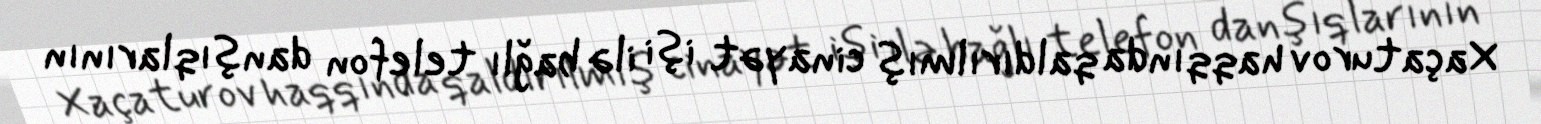
Xaçaturov haqqında qaldırılmış cinayət işi ilə bağlı telefon danşıqlarının